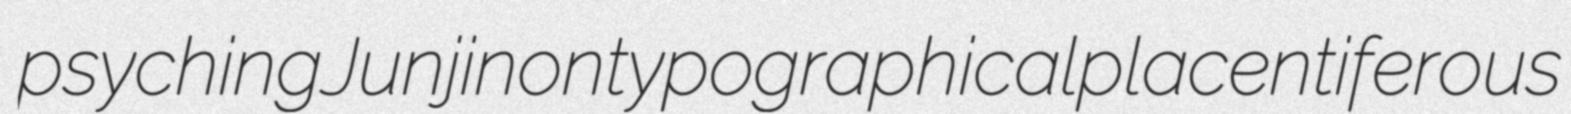
psyching Junji nontypographical placentiferous